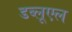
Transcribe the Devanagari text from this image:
डब्लूएल